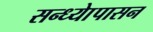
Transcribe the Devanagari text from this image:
सन्ध्याेपासन